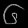
Digit: ၆